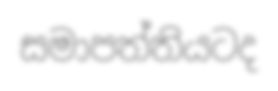
සමාපත්තියටද